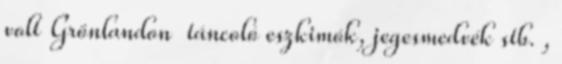
volt Grönlandon táncoló eszkimók, jegesmedvék stb. ,